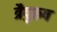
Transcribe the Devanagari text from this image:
त्रैपुरुष